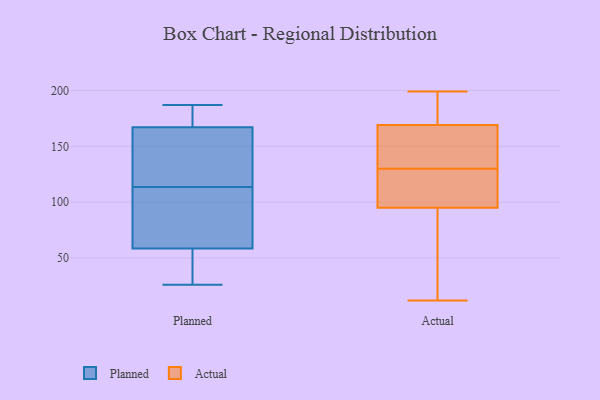
{"axis": {"x": "Revenue (USD Million)", "y": "Value"}, "legend": ["Actual", "Planned"], "data": [{"x": "", "y": 140, "type": "Planned"}, {"x": "", "y": 86, "type": "Planned"}, {"x": "", "y": 45, "type": "Planned"}, {"x": "", "y": 187, "type": "Planned"}, {"x": "", "y": 29, "type": "Planned"}, {"x": "", "y": 181, "type": "Planned"}, {"x": "", "y": 26, "type": "Planned"}, {"x": "", "y": 167, "type": "Planned"}, {"x": "", "y": 97, "type": "Planned"}, {"x": "", "y": 72, "type": "Planned"}, {"x": "", "y": 130, "type": "Planned"}, {"x": "", "y": 167, "type": "Planned"}, {"x": "", "y": 95, "type": "Actual"}, {"x": "", "y": 199, "type": "Actual"}, {"x": "", "y": 55, "type": "Actual"}, {"x": "", "y": 168, "type": "Actual"}, {"x": "", "y": 110, "type": "Actual"}, {"x": "", "y": 150, "type": "Actual"}, {"x": "", "y": 98, "type": "Actual"}, {"x": "", "y": 12, "type": "Actual"}, {"x": "", "y": 169, "type": "Actual"}, {"x": "", "y": 199, "type": "Actual"}]}